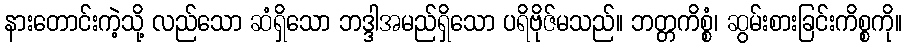
နားတောင်းကဲ့သို့ လည်သော ဆံရှိသော ဘဒ္ဒါအမည်ရှိသော ပရိဗိုဇ်မသည်။ ဘတ္တကိစ္စံ၊ ဆွမ်းစားခြင်းကိစ္စကို။